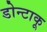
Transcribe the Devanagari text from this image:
डोन्टाकू